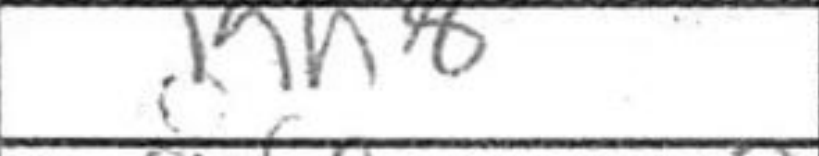
Transcription: Kh8